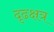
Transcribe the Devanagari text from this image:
दृढक्षत्र